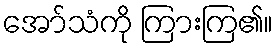
အော်သံကို ကြားကြ၏။